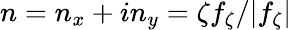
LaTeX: n=n_{x}+in_{y}=\zeta f_{\zeta}/\lvert f_{\zeta}\vert